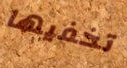
تخفيها